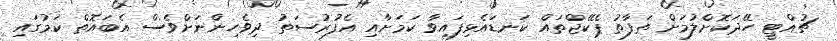
ޗުއްޓީ ހޭދަކޮށްލުމަށް ތަފާތު ޕެކޭޖްތައް ކަނޑައެޅިފައިވާ ކަމަށާއި އެފުރުސަތު ދިވެހިންނަށްވެސް އެބައޮތް ކަމުގައި